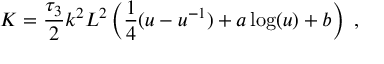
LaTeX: K = { \frac { \tau _ { 3 } } { 2 } } k ^ { 2 } L ^ { 2 } \left( { \frac { 1 } { 4 } } ( u - u ^ { - 1 } ) + a \log ( u ) + b \right) \ ,